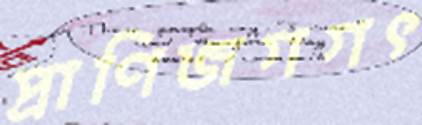
প্রাণিজগগৎ